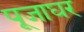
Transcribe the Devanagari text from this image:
पूजाघर